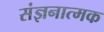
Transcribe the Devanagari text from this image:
संज्ञनात्मक